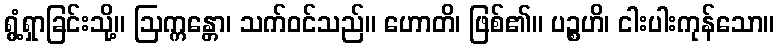
ရွံ့ရှာခြင်းသို့။ ဩက္ကန္တော၊ သက်ဝင်သည်။ ဟောတိ၊ ဖြစ်၏။ ပဉ္စဟိ၊ ငါးပါးကုန်သော။